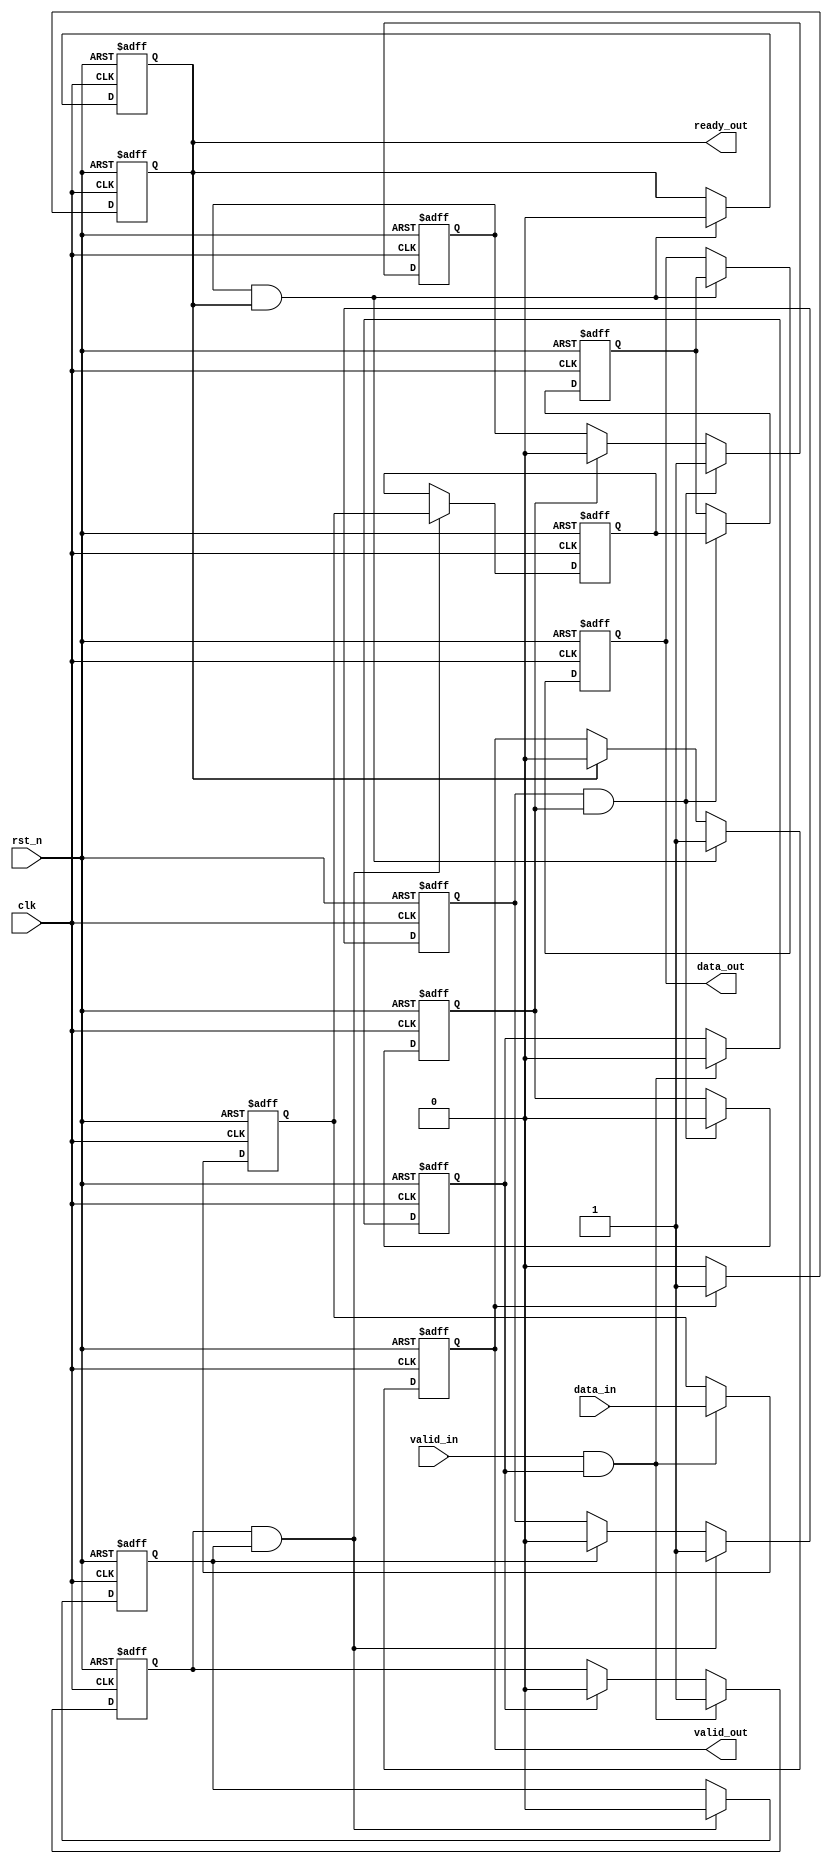
module MemoryBlocksPipelineSynchronizer #(
    parameter DATA_WIDTH = 32,      // Width of the data bus
    parameter NUM_STAGES = 4,       // Number of pipeline stages
    parameter ADDR_WIDTH = 8         // Address width for memory blocks
)(
    input  wire                     clk,                // Clock signal
    input  wire                     rst_n,              // Active low reset
    input  wire [DATA_WIDTH-1:0]   data_in,            // Input data
    input  wire                     valid_in,           // Input valid signal
    output wire                     ready_out,          // Output ready signal
    output wire [DATA_WIDTH-1:0]   data_out,           // Output data
    output wire                     valid_out           // Output valid signal
);

    // Pipeline registers and handshaking signals
    reg [DATA_WIDTH-1:0] pipeline_reg [0:NUM_STAGES-1];
    reg valid_reg [0:NUM_STAGES-1];
    reg ready_reg [0:NUM_STAGES-1];

    // Control signals
    wire ready_next;
    wire valid_next;

    // Ready signal generation
    assign ready_out = ready_reg[NUM_STAGES-1];

    // Output data and valid signal
    assign data_out = pipeline_reg[NUM_STAGES-1];
    assign valid_out = valid_reg[NUM_STAGES-1];

    // Pipeline stage logic
    genvar i;
    generate
        for (i = 0; i < NUM_STAGES; i = i + 1) begin : pipeline_stage
            always @(posedge clk or negedge rst_n) begin
                if (!rst_n) begin
                    pipeline_reg[i] <= 0;
                    valid_reg[i] <= 0;
                    ready_reg[i] <= 1; // Initially ready
                end else begin
                    if (i == 0) begin
                        // First stage: accept input data
                        if (valid_in && ready_reg[i]) begin
                            pipeline_reg[i] <= data_in;
                            valid_reg[i] <= 1;
                            ready_reg[i] <= 0; // Not ready for new data
                        end else if (ready_reg[i]) begin
                            valid_reg[i] <= 0; // No valid data
                        end
                    end else begin
                        // Subsequent stages: pass data along
                        if (valid_reg[i-1] && ready_reg[i]) begin
                            pipeline_reg[i] <= pipeline_reg[i-1];
                            valid_reg[i] <= 1;
                            ready_reg[i] <= 0; // Not ready for new data
                        end else if (ready_reg[i]) begin
                            valid_reg[i] <= 0; // No valid data
                        end
                    end
                end
            end
        end
    endgenerate

    // Last stage: ready signal generation
    always @(posedge clk or negedge rst_n) begin
        if (!rst_n) begin
            ready_reg[NUM_STAGES-1] <= 1; // Initially ready
        end else begin
            if (valid_reg[NUM_STAGES-1]) begin
                ready_reg[NUM_STAGES-1] <= 1; // Ready to accept new data
            end else begin
                ready_reg[NUM_STAGES-1] <= 0; // Not ready until data is consumed
            end
        end
    end

endmodule